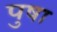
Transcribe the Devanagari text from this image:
पुषा